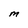
Character: M